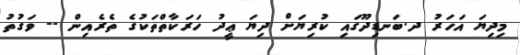
މިދިޔަ އަހަރު ދ.ބަނޑިދޫގައި ކުރިޔަށް ދިޔަ ޢީދު ހަރަކާތްތަކުގެ ތެރެއިން -- ވަގުތު